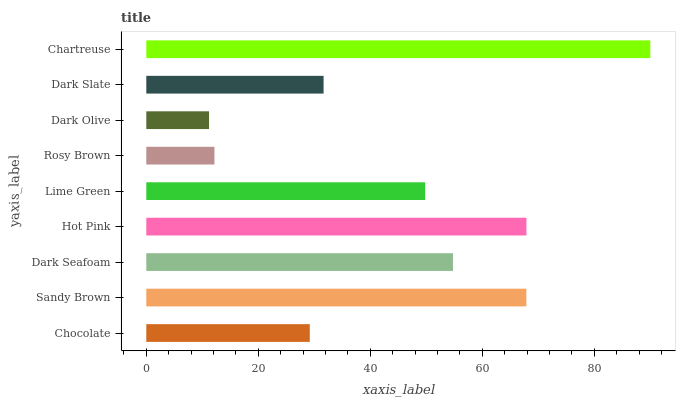
| yaxis_label | bars |
 | --- | --- |
 | Chocolate | 29.2 |
 | Sandy Brown | 67.9 |
 | Dark Seafoam | 54.8 |
 | Hot Pink | 67.9 |
 | Lime Green | 49.8 |
 | Rosy Brown | 12.2 |
 | Dark Olive | 11.2 |
 | Dark Slate | 31.7 |
 | Chartreuse | 90 |